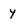
Character: y